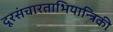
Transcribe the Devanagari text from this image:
दूरसंचारताभियान्त्रिकी